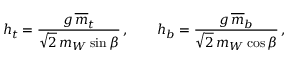
h _ { t } = \frac { g \, \overline { { { m } } } _ { t } } { \sqrt 2 \, m _ { W } \sin \beta } \, , \qquad h _ { b } = \frac { g \, \overline { { { m } } } _ { b } } { \sqrt 2 \, m _ { W } \cos \beta } \, ,